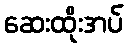
ဆေးထိုးအပ်